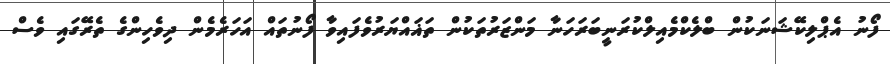
ފޯނު އެޕްލިކޭޝަނަކުން ބްލެކްމެއިލްކުރަނީބަރަހަނާ މަންޒަރުތަކުން ތަޣައްޔަރުވެފައިވާ ފޯނުތައް އަހަރެމެން ދިވެހިންގެ ތެރޭގައި ވެސް